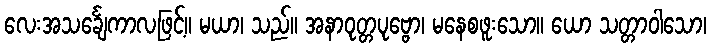
လေးအသင်္ချေကာလဖြင့်။ မယာ၊ သည်။ အနာဝုတ္တပုဗ္ဗော၊ မနေစဖူးသော။ ယော သတ္တာဝါသော၊